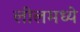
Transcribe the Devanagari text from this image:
लीलमध्ये